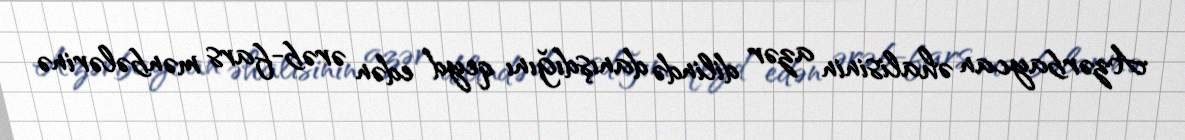
Azərbaycan əhalisinin azər dilində danışdığını qeyd edən ərəb-fars mənbələrinə